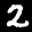
Label: 2